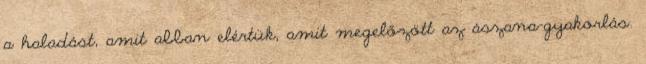
a haladást, amit abban elértük, amit megelőzött az ászana-gyakorlás.